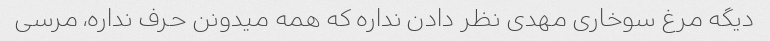
دیگه مرغ سوخاری مهدی نظر دادن نداره که همه میدونن حرف نداره، مرسی